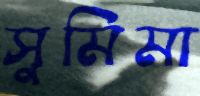
সুমিমা